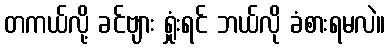
တကယ်လို့ ခင်ဗျား ရှုံးရင် ဘယ်လို ခံစားရမလဲ။